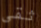
ثقى